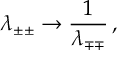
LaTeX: \lambda _ { \pm \pm } \rightarrow { \frac { 1 } { \lambda _ { \mp \mp } } } \, ,